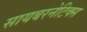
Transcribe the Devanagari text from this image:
सायबरनेटिक्स